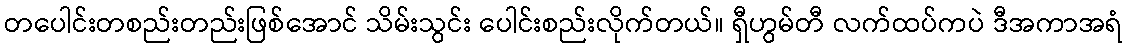
တပေါင်းတစည်းတည်းဖြစ်အောင် သိမ်းသွင်း ပေါင်းစည်းလိုက်တယ်။ ရှီဟွမ်တီ လက်ထပ်ကပဲ ဒီအကာအရံ